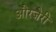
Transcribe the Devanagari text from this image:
औरजेरी